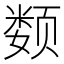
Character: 𲋀